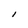
Character: I